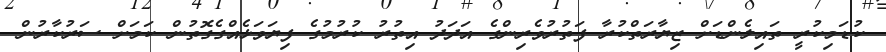
ކުޑަމިކުރީ ތައިލެންޑަށް ޒިޔާރަތްކުރާ ފަތުރުވެރިންގެ އަދަދު އިތުރު ކުރުމުގެ ފިޔަވަޅެއްގެގޮތުން ކަމަށް ސަރުކާރުން